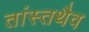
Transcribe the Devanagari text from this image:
तांस्तथैव